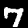
Digit: 7